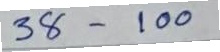
38 - 100